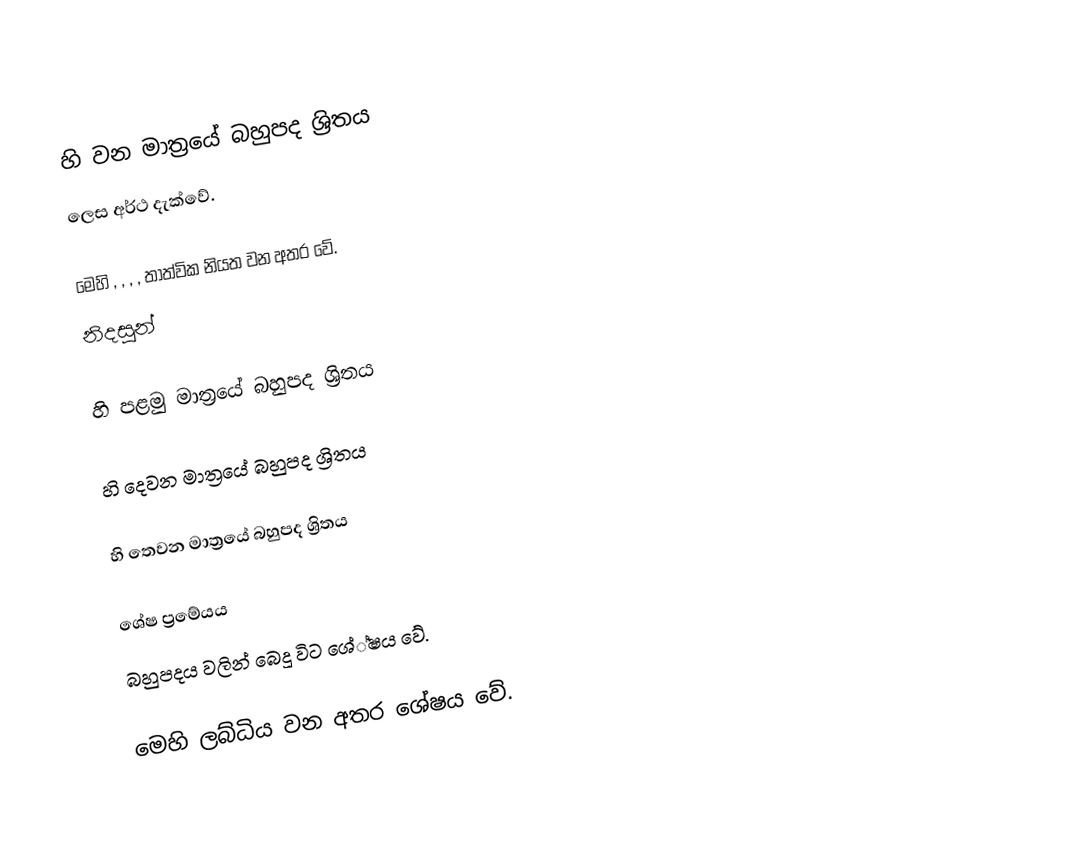
හි  වන මාත‍්‍රයේ බහුපද ශ්‍රිතය
     ලෙස අර්ථ දැක්වේ.

මෙහි   ,  ,  ,  ,   තාත්වික නියත වන අතර  වේ.
 නිදසුන්

හි පළමු මාත්‍රයේ බහුපද ශ්‍රිතය

හි දෙවන මාත්‍රයේ බහුපද ශ්‍රිතය

හි තෙවන මාත්‍රයේ බහුපද ශ්‍රිතය
 
 ශේෂ ප්‍රමේයය
 බහුපදය  වලින් බෙදූ විට ශේ්ෂය  වේ.

මෙහි ලබ්ධිය  වන අතර ශේෂය  වේ.